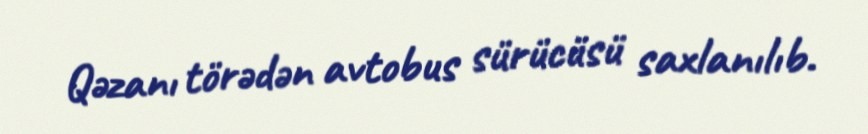
Qəzanı törədən avtobus sürücüsü saxlanılıb.